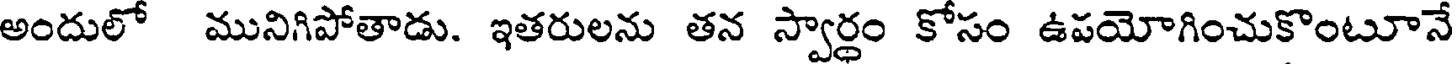
అందులో మునిగిపోతాడు. ఇతరులను తన స్వార్థం కోసం ఉపయోగించుకొంటూనే